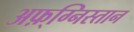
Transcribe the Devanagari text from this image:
अफ़्ग्निस्तान